Report of the Bombay Plague Committee
Disease focus: Plague
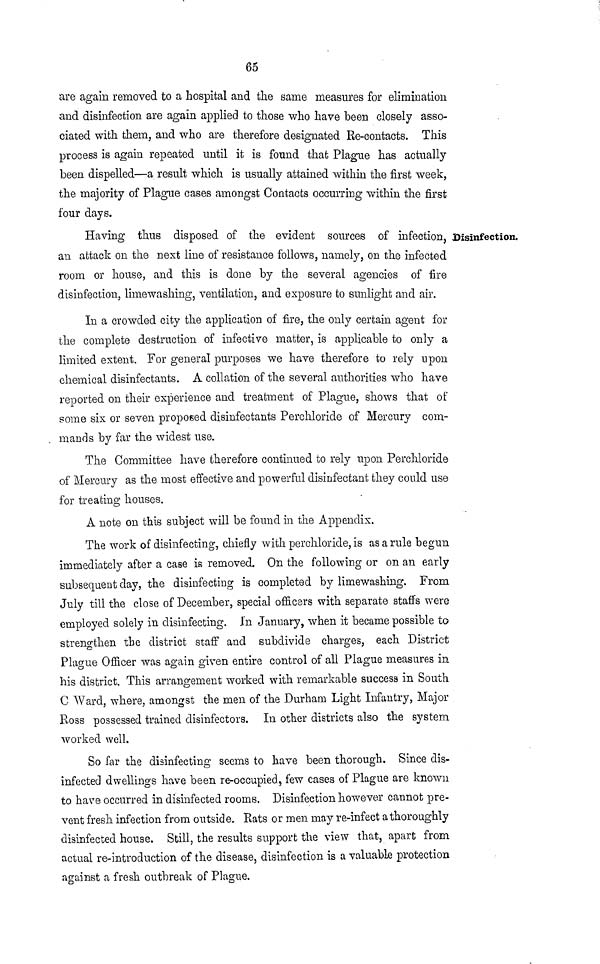
65
are again removed to a hospital and the same measures for elimination
and disinfection are again applied to those who have been closely asso-
ciated with them, and who are therefore designated Re-contacts. This
process is again repeated until it is found that Plague has actually
been dispelled—a result which is usually attained within the first week,
the majority of Plague cases amongst Contacts occurring within the first
four days.
Disinfection.
Having thus disposed of the evident sources of infection,
an attack on the next line of resistance follows, namely, on the infected
room or house, and this is done by the several agencies of fire
disinfection, limewashing, ventilation, and exposure to sunlight and air.
In a crowded city the application of fire, the only certain agent for
the complete destruction of infective matter, is applicable to only a
limited extent. For general purposes we have therefore to rely upon
chemical disinfectants. A collation of the several authorities who have
reported on their experience and treatment of Plague, shows that of
some six or seven proposed disinfectants Perchloride of Mercury com-
mands by far the widest use.
The Committee have therefore continued to rely upon Perchloride
of Mercury as the most effective and powerful disinfectant they could use
for treating houses.
A note on this subject will be found in the Appendix.
The work of disinfecting, chiefly with perchloride, is as a rule begun
immediately after a case is removed. On the following or on an early
subsequent day, the disinfecting is completed by limewashing. From
July till the close of December, special officers with separate staffs were
employed solely in disinfecting, in January, when it became possible to
strengthen the district staff and subdivide charges, each District
Plague Officer was again given entire control of all Plague measures in
his district. This arrangement worked with remarkable success in South
C Ward, where, amongst the men of the Durham Light Infantry, Major
Ross possessed trained disinfectors. In other districts also the system
worked well.
So far the disinfecting seems to have been thorough. Since dis-
infected dwellings have been re-occupied, few cases of Plague are known
to have occurred in disinfected rooms. Disinfection however cannot pre-
vent fresh infection from outside. Rats or men may re-infect a thoroughly
disinfected house. Still, the results support the view that, apart from
actual re-introduction of the disease, disinfection is a valuable protection
against a fresh outbreak of Plague.